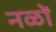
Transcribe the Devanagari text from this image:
नळों